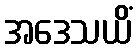
အဒေသယိံ